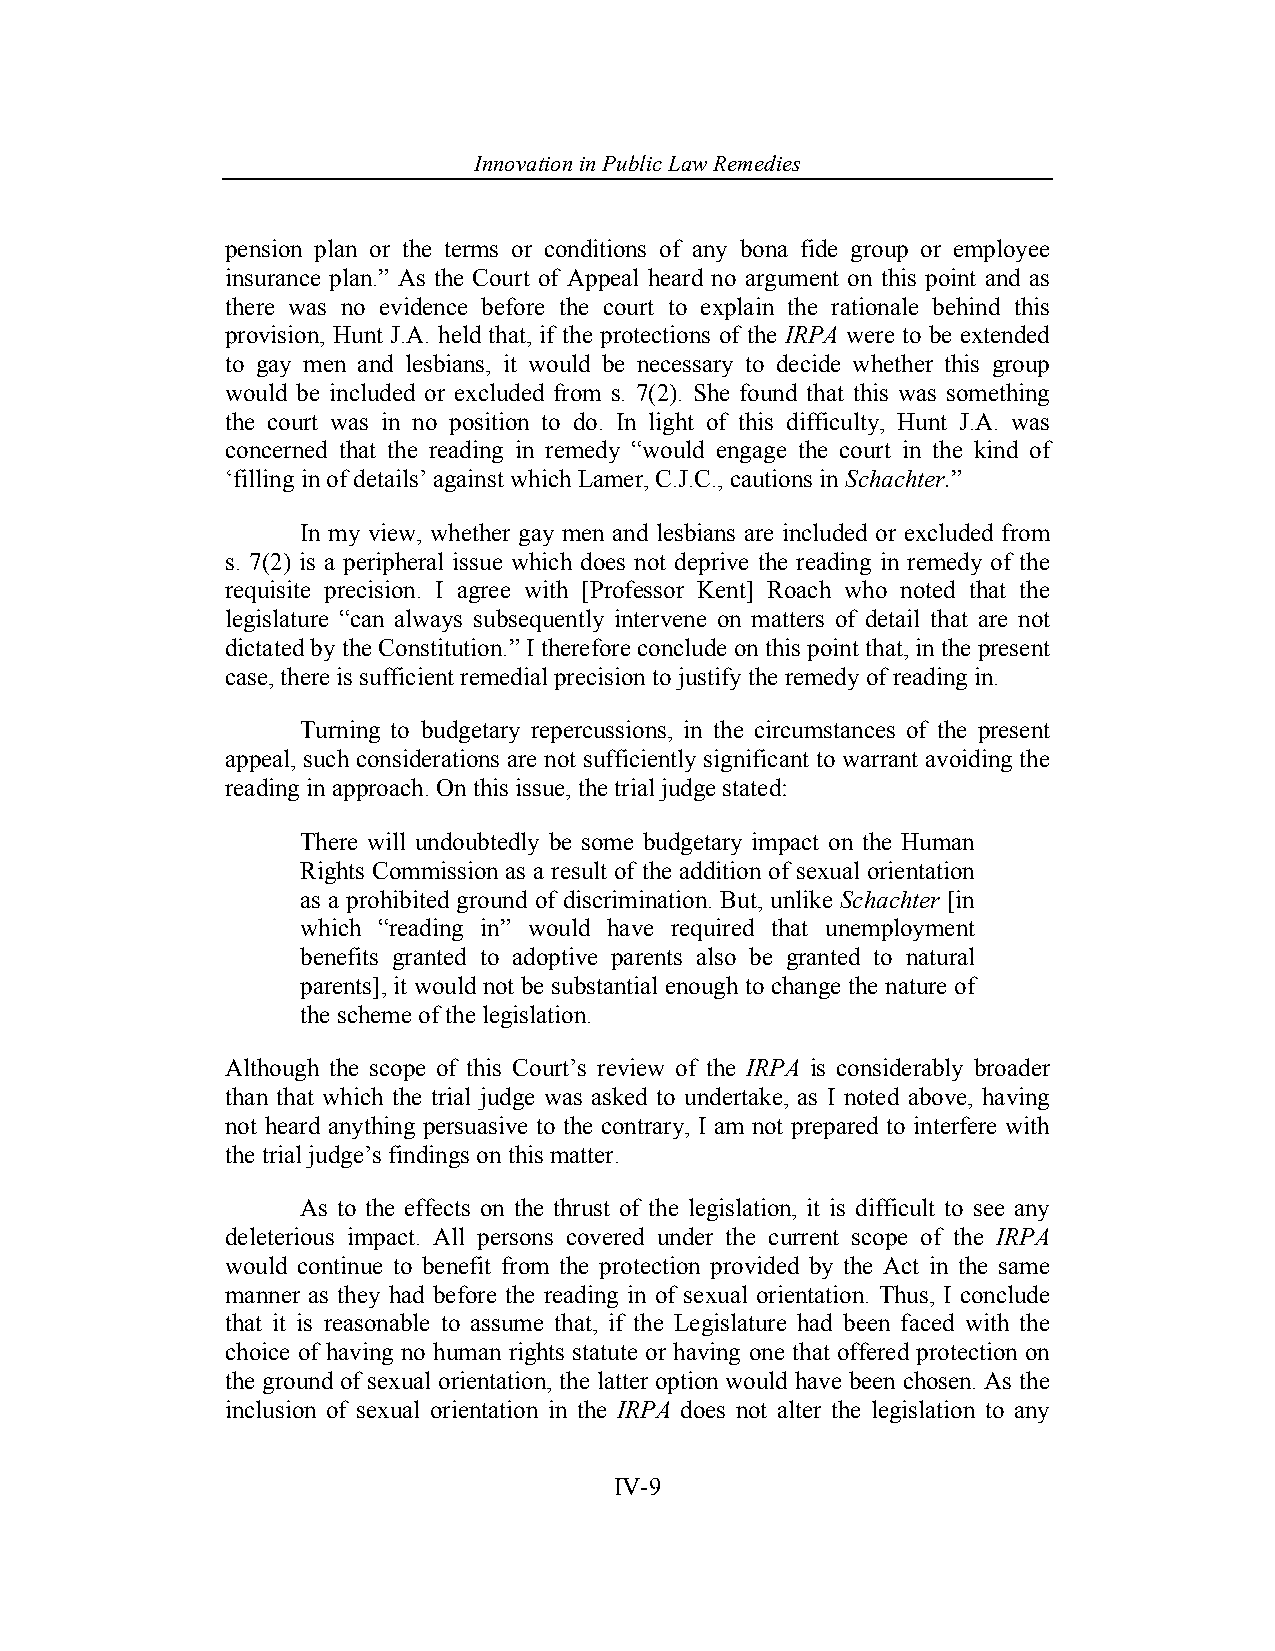
Innovation in Pub lic Law Remedies
 pension plan or the terms or conditions of any bona fide group or employee
 insurance plan.” As the Court of Appeal heard no argument on this point and as
 there was no evidence before the court to explain the rationale behind this
 provision, Hunt J.A. held that, if the protections of the IRPA were to be extended
 to gay men and lesbians, it would be necessary to decide whether this group
 would be included or excluded from s. 7(2). She found that this was something
 the court was in no position to do. In light of this difficulty, Hunt J.A. was
 concerned that the reading in remedy “would engage the court in the kind of
 ‘filling in of details’ against which Lamer, C.J.C., cautions in Schachter.”
 In my view, whether gay men and lesbians are included or excluded from
 s. 7(2) is a peripheral issue which does not deprive the reading in remedy of the
 requisite precision. I agree with [Professor Kent] Roach who noted that the
 legislature “can always subsequently intervene on matters of detail that are not
 dictated by the Constitution.” I therefore conclude on this point that, in the present
 case, there is sufficient remedial precision to justify the remedy of reading in.
 Turning to budgetary repercussions, in the circumstances of the present
 appeal, such considerations are not sufficiently significant to warrant avoiding the
 reading in approach. On this issue, the trial judge stated:
 There will undoubtedly be some budgetary impact on the Human
 Rights Commission as a result of the addition of sexual orientation
 as a prohibited ground of discrimination. But, unlike Schachter [in
 which “reading in” would have required that unemployment
 benefits granted to adoptive parents also be granted to natural
 parents], it would not be substantial enough to change the nature of
 the scheme of the legislation.
 Although the scope of this Court’s review of the IRPA is considerably broader
 than that which the trial judge was asked to undertake, as I noted above, having
 not heard anything persuasive to the contrary, I am not prepared to interfere with
 the trial judge’s findings on this matter.
 As to the effects on the thrust of the legislation, it is difficult to see any
 deleterious impact. All persons covered under the current scope of the IRPA
 would continue to benefit from the protection provided by the Act in the same
 manner as they had before the reading in of sexual orientation. Thus, I conclude
 that it is reasonable to assume that, if the Legislature had been faced with the
 choice of having no human rights statute or having one that offered protection on
 the ground of sexual orientation, the latter option would have been chosen. As the
 inclusion of sexual orientation in the IRPA does not alter the legislation to any
 IV-9